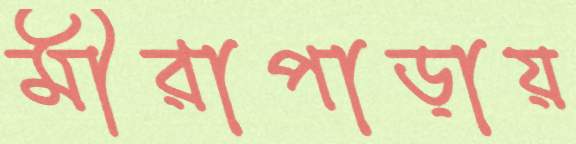
মীরাপাড়ায়